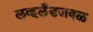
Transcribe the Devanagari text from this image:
लव्हलँडजवळ